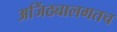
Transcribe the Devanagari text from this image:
अजिंठ्यालगतच